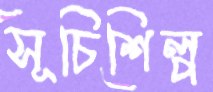
সূচিশিল্প